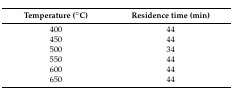
| Temperature (°C) | Residence time (min) |
 | --- | --- |
 | 400 | 44 |
 | 450 | 44 |
 | 500 | 34 |
 | 550 | 44 |
 | 600 | 44 |
 | 650 | 44 |